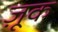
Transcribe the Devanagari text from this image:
ज़ूक